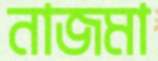
নাজমা